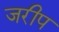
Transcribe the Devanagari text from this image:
जरीप